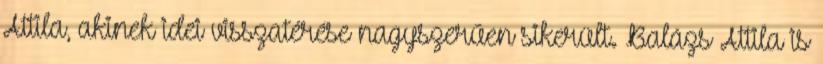
Attila, akinek idei visszatérése nagyszerűen sikerült. Balázs Attila is